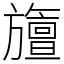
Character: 旜